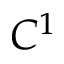
C ^ { 1 }